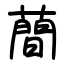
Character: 蕳